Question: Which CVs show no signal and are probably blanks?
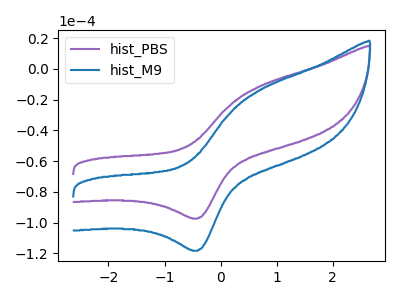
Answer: <think>The purple curve "hist_PBS" has an anodic peak at (0.70V, -11.20uA) and a cathodic peak at (-0.40V, -97.35uA). The blue curve "hist_M9" has an anodic peak at (0.70V, -13.60uA) and a cathodic peak at (-0.40V, -118.25uA).</think>
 <answer>There are not any CV's on this graph that are likely to be blanks.</answer>
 <eval>none</eval>